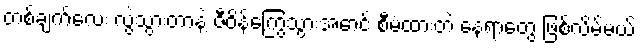
တစ်ချက်လေး လွဲသွားတာနဲ့ ဇီဝိန်ကြွေသွားအောင် စီမံထားတဲ့ နေရာတွေ ဖြစ်လိမ့်မယ်